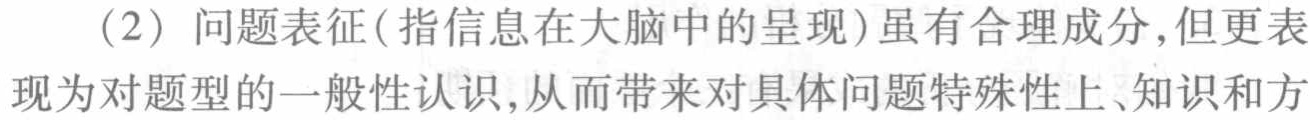
（2）问题表征(指信息在大脑中的呈现)虽有合理成分,但更表
现为对题型的一般性认识,从而带来对具体问题特殊性上、知识和方